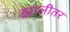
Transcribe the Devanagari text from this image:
झालीतर